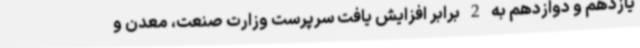
یازدهم و دوازدهم به 2 برابر افزایش یافت سرپرست وزارت صنعت، معدن و